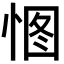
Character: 𢛾